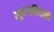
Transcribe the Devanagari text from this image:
स्‍फुटनविरोधी